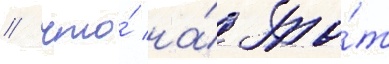
/ что́ на́ то́т